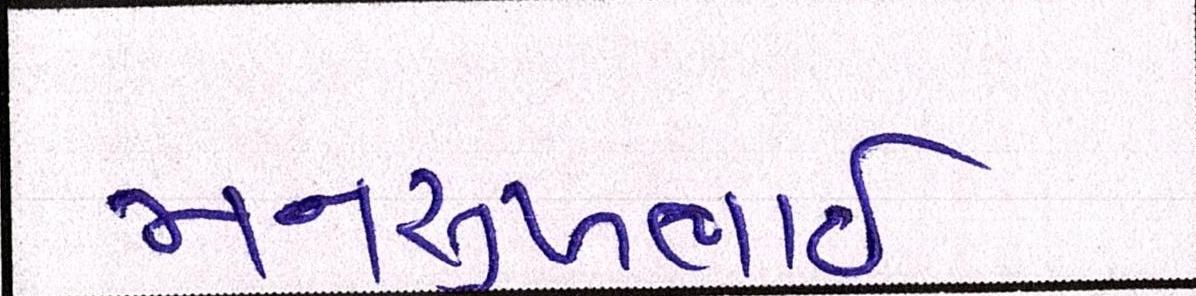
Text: મનસુખભાઈ